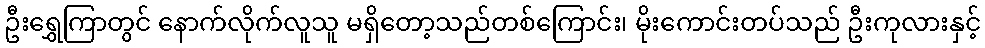
ဦးရွှေကြာတွင် နောက်လိုက်လူသူ မရှိတော့သည်တစ်ကြောင်း၊ မိုးကောင်းတပ်သည် ဦးကုလားနှင့်